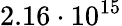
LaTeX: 2.16\cdot 10^{15}